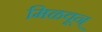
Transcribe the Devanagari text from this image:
मिळवून्